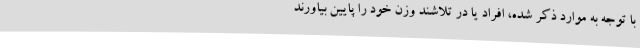
با توجه به موارد ذکر شده، افراد یا در تلاشند وزن خود را پایین بیاورند